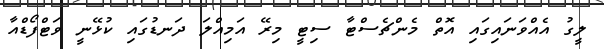
ލީގު އެއްވަނައިގައި އޮތް މެންޗެސްޓާ ސިޓީ މިރޭ އަމިއްލަ ދަނޑުގައި ކުޅޭނީ ވަޓްފޯޑްއާ